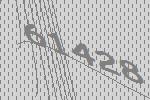
61428